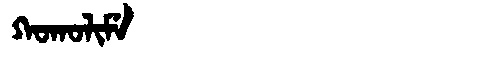
Manchu: ᡴᠣᡴᠣᠯᡳᠮᡝ
Romanization: KOKOLIME